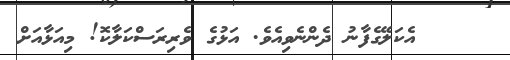
އެކަލޭގެފާނު ދެންނެވިއެވެ. އަޅުގެ ވެރިރަސްކަލާކޮ! މިއަޅާއަށް